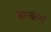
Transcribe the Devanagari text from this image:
बल्कंस